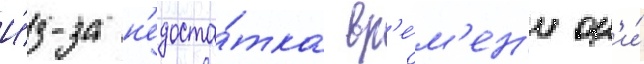
И́з-за н'едоста́тка вр'е́м'ен'и он'и́